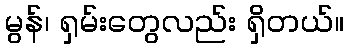
မွန်၊ ရှမ်းတွေလည်း ရှိတယ်။